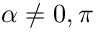
\alpha \neq 0 , \pi